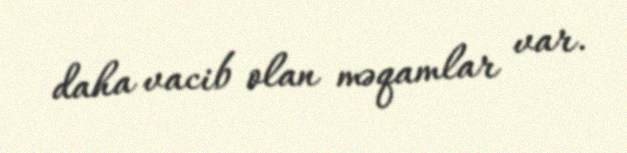
daha vacib olan məqamlar var.